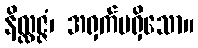
နိလ္လဇ္ဇံ၊ အရှက်မရှိသော။